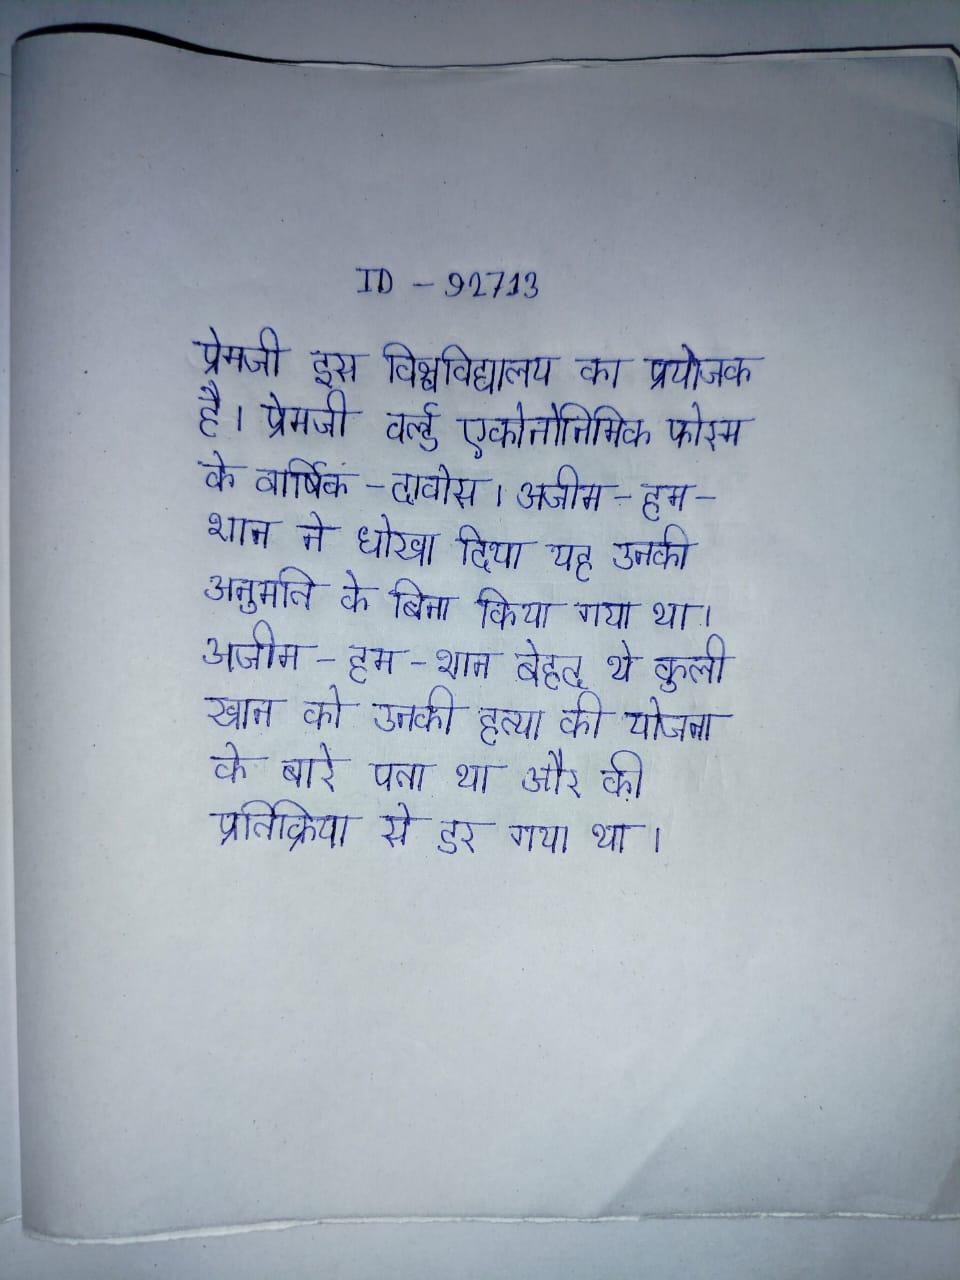
प्रेमजी इस विश्वविद्यालय का प्रयोजक है । प्रेमजी, वर्ल्ड एकोनोनिमिक फोरम के वार्षिक - दावोस । अजीम-हम-शान ने धोखा दिया यह उनकी अनुमति के बिना किया गया था । अजीम-हम-शान बेहद थे कुली खान को उनकी हत्या की योजना के बारे पता था और की प्रतिक्रिया से डर गया था ।